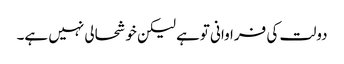
دولت کی فراوانی توہے لیکن خوشحالی نہیں ہے۔